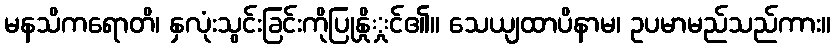
မနသိကရောတိ၊ နှလုံးသွင်းခြင်းကိုပြုနှိုှုင်၏။ သေယျထာပိနာမ၊ ဥပမာမည်သည်ကား။